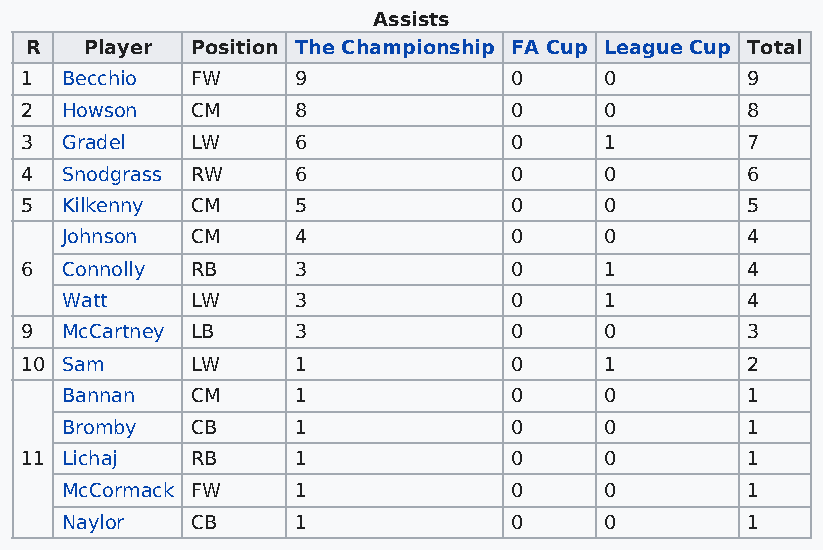
Assists
 R   Player Position The Championship FA Cup League Cup Total
 1  Becchio  FW     9             0     0        9
 2  Howson   CM     8             0     0        8
 3  Gradel   LW     6             0     1        7
 4  Snodgrass RW    6             0     0        6
 5  Kilkenny CM     5             0     0        5
 Johnson  CM     4             0     0        4
 6  Connolly RB     3             0     1        4
 Watt     LW     3             0     1        4
 9  McCartney LB    3             0     0        3
 10 Sam      LW     1             0     1        2
 Bannan   CM     1             0     0        1
 Bromby   CB     1             0     0        1
 11 Lichaj   RB     1             0     0        1
 McCormack FW    1             0     0        1
 Naylor   CB     1             0     0        1